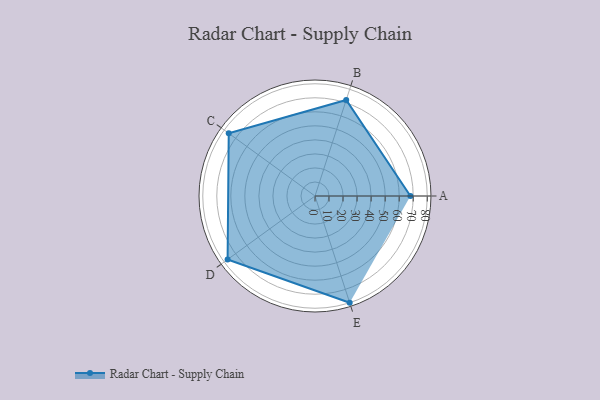
{"axis": {"x": "Skill", "y": "Score"}, "legend": ["Profile"], "data": [{"x": "A", "y": 68.0, "type": "Profile"}, {"x": "B", "y": 72.0, "type": "Profile"}, {"x": "C", "y": 76.0, "type": "Profile"}, {"x": "D", "y": 77.0, "type": "Profile"}, {"x": "E", "y": 80.0, "type": "Profile"}]}